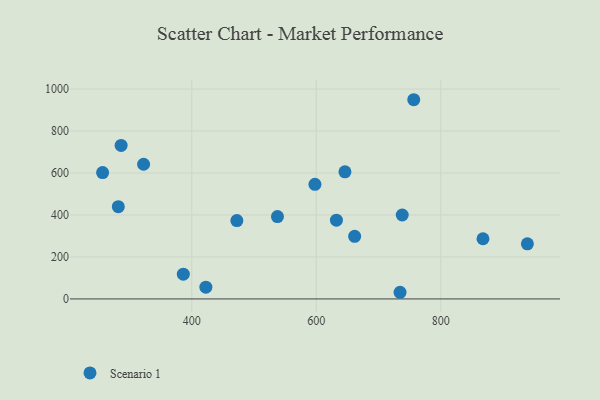
{"axis": {"x": "Investment", "y": "Fuel Efficiency"}, "legend": ["Scenario 1"], "data": [{"x": "632.4", "y": 375.2, "type": "Scenario 1"}, {"x": "939.1", "y": 262.5, "type": "Scenario 1"}, {"x": "661.7", "y": 298.1, "type": "Scenario 1"}, {"x": "537.7", "y": 392.4, "type": "Scenario 1"}, {"x": "738.1", "y": 399.9, "type": "Scenario 1"}, {"x": "472.5", "y": 373.5, "type": "Scenario 1"}, {"x": "256.9", "y": 602.1, "type": "Scenario 1"}, {"x": "646.1", "y": 605.8, "type": "Scenario 1"}, {"x": "597.9", "y": 546.2, "type": "Scenario 1"}, {"x": "756.6", "y": 949.1, "type": "Scenario 1"}, {"x": "286.6", "y": 731.6, "type": "Scenario 1"}, {"x": "867.8", "y": 286.6, "type": "Scenario 1"}, {"x": "734.6", "y": 31.7, "type": "Scenario 1"}, {"x": "322.7", "y": 641.6, "type": "Scenario 1"}, {"x": "386.5", "y": 117.7, "type": "Scenario 1"}, {"x": "282.1", "y": 439.6, "type": "Scenario 1"}, {"x": "422.7", "y": 56.2, "type": "Scenario 1"}]}